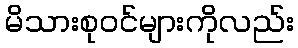
မိသားစုဝင်များကိုလည်း